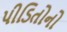
પીડિતોનો